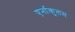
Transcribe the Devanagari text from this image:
एर्नाकूलम